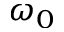
\omega _ { 0 }